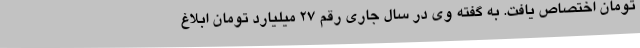
تومان اختصاص یافت. به گفته وی در سال جاری رقم 27 میلیارد تومان ابلاغ